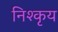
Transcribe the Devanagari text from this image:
निश्कृय